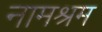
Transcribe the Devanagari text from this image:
नामश्रम